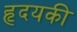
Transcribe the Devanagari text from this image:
हृदयकी